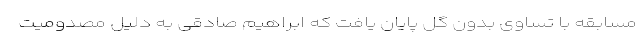
مسابقه با تساوی بدون گل پایان یافت که ابراهیم صادقی به دلیل مصدومیت